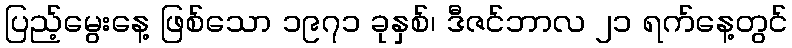
ပြည့်မွေးနေ့ ဖြစ်သော ၁၉၇၁ ခုနှစ်၊ ဒီဇင်ဘာလ ၂၁ ရက်နေ့တွင်